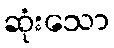
ဆုံးသော